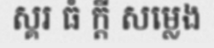
ស្គរ ធំ ក្តី សម្លេង